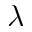
\lambda